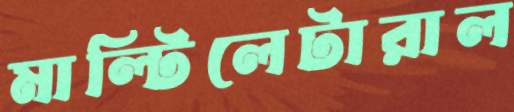
মাল্টিলেটারাল